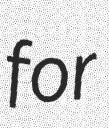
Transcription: for